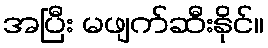
အပြီး မဖျက်ဆီးနိုင်။